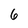
Character: 6